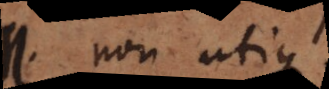
M. Non utique.